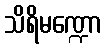
သိရိမဏ္ဍော